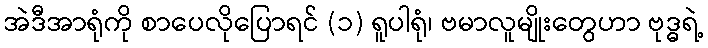
အဲဒီအာရုံကို စာပေလိုပြောရင် (၁) ရူပါရုံ၊ ဗမာလူမျိုးတွေဟာ ဗုဒ္ဓရဲ့